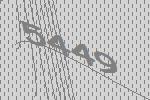
5449